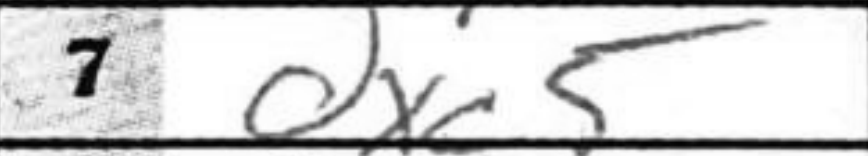
Transcription: dxc5